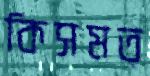
কিসমত্